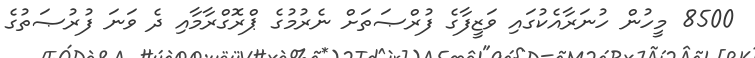
8500 މީހުން ހުނަރާއެކުގައި ވަޒީފާގެ ފުރްޞަތަށް ނެރުމުގެ ޕްރޮގްރާމާއި ދެ ވަނަ ފުރުޞަތުގެ